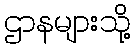
ဌာနများသို့